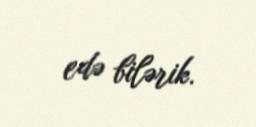
edə bilərik.